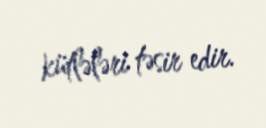
kütlələri təsir edir.